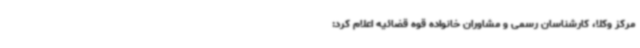
مرکز وکلا، کارشناسان رسمی و مشاوران خانواده قوه قضائیه اعلام کرد: